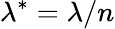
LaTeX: \lambda^{*}=\lambda/n